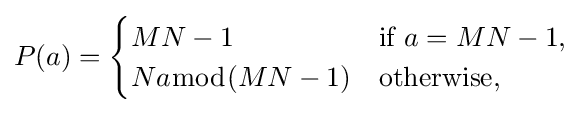
P(a)={\begin{cases}MN-1&{\text{if }}a=MN-1,\\Na{\bmod {(}}MN-1)&{\text{otherwise}},\end{cases}}